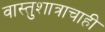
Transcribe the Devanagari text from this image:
वास्तुशात्राचाही